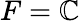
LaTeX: F=\mathbb{C}